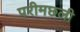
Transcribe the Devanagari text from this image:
परीमछली